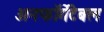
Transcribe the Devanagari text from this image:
अनफॉर्गेटेबल